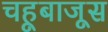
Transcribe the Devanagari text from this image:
चहूबाजूस